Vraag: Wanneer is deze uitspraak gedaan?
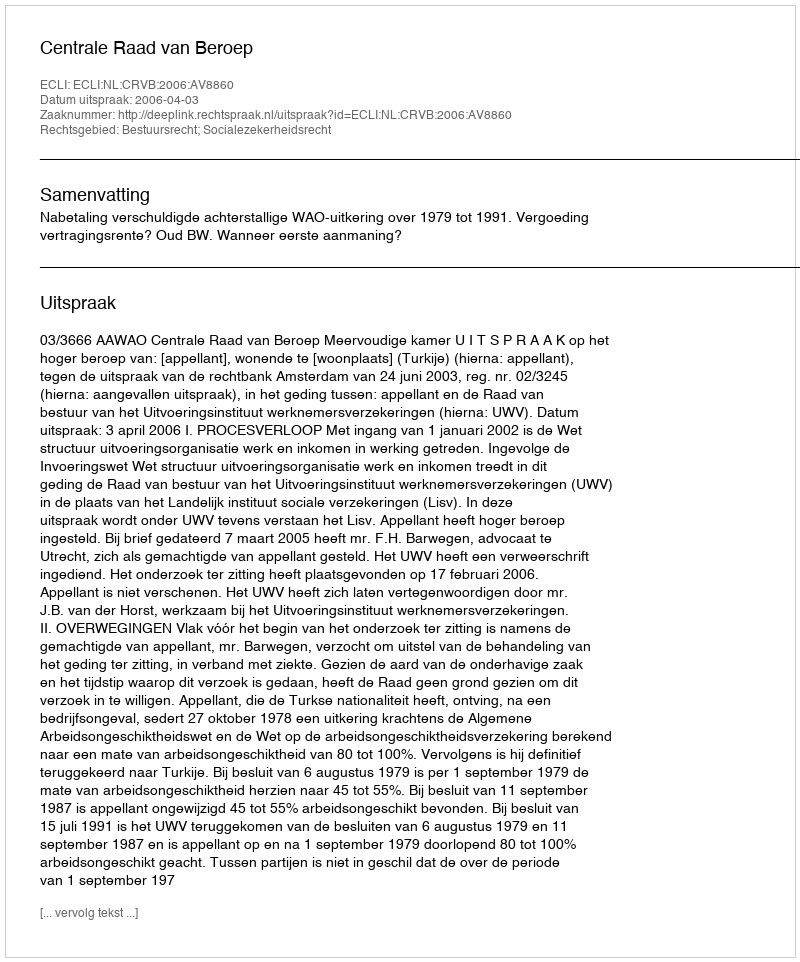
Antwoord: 2006-04-03